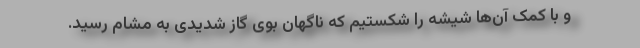
و با کمک آن‌ها شیشه را شکستیم که ناگهان بوی گاز شدیدی به مشام رسید.